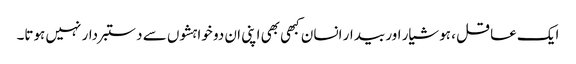
ایک عاقل ، ہوشیار اور بیدار انسان کبھی بھی اپنی ان دو خواہشوں سے دستبردار نہیں ہوتا۔